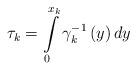
LaTeX: \begin{align*}\tau _{k}=\int\limits_{0}^{x_{k}}\gamma _{k}^{-1}\left( y\right) dy \end{align*}